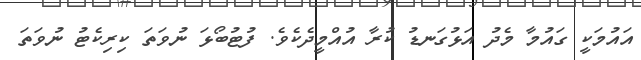
އައުމަކީ ގައުމާ މެދު އަޅުގަނޑު ކުރާ އުއްމީދެކެވެ. ފުޓުބޯޅަ ނުވަތަ ކިރިކެޓު ނުވަތަ